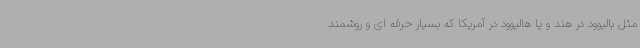
مثل بالیوود در هند و یا هالیوود در آمریکا که بسیار حرفه ای و روشمند